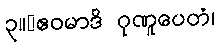
၃။	ဧဝမာဒိ ဂုဏူပေတံ၊